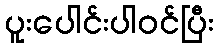
ပူးပေါင်းပါဝင်ပြီး